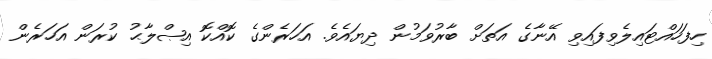
ހިފަހައްޓައިލެވިފައިވި އޭނާގެ އަތަށް ބާރުވަމުން ދިޔައެވެ. އަހަރެންގެ ކޮއްކޮ އިޞްލާޙު ކުރަން އަހަރެން